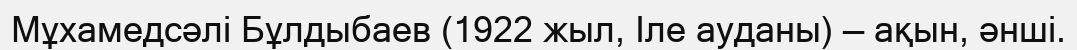
Мұхамедсәлі Бұлдыбаев (1922 жыл, Іле ауданы) — ақын, әнші.